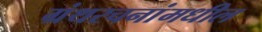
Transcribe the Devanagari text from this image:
ग्रंथरचनांमधील